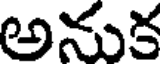
అనుక